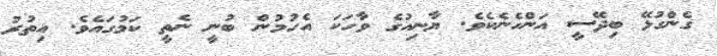
ގެންގުޅޭ ބިދޭސީ އަންހެނެކެވެ. ޔާނިއުގެ ވާހަކަ އެހުމުން ބުނީ ނެތީ ކަމުގައެވެ. އިތުރު